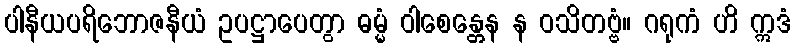
ပါနီယပရိဘောဇနီယံ ဥပဋ္ဌာပေတွာ ဓမ္မံ ဝါစေန္တေန န ဝသိတဗ္ဗံ။ ဂရုကံ ဟိ ဣဒံ